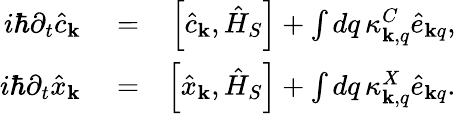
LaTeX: \begin{array}{rlr}{i\hbar\partial_{t}\hat{c}_{\mathbf k}}&{{}=}&{\left[\hat{c}_{\mathbf k},\hat{H}_{S}\right]+\int dq\, \kappa_{{\mathbf k},q}^{C}\hat{e}_{{\mathbf k}q},}\\ {i\hbar\partial_{t}\hat{x}_{\mathbf k}}&{{}=}&{\left[\hat{x}_{\mathbf k},\hat{H}_{S}\right]+\int dq\, \kappa_{{\mathbf k},q}^{X}\hat{e}_{{\mathbf k}q}.}\end{array}